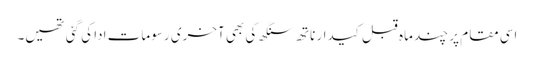
اسی مقام پر چند ماہ قبل کیدار ناتھ سنگھ کی بھی آخری رسومات ادا کی گئی تھیں۔